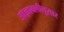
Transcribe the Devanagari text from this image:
आज्ञावलीनुसार